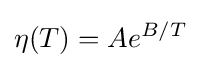
\eta (T)=Ae^{B/T}